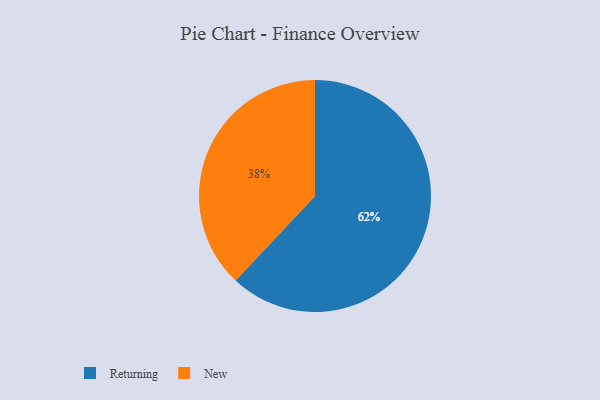
{"axis": {"x": "Category", "y": "Percentage"}, "legend": ["New", "Returning"], "data": [{"x": "Returning", "y": 62, "type": "Returning"}, {"x": "New", "y": 38, "type": "New"}]}